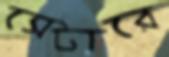
সেটারে